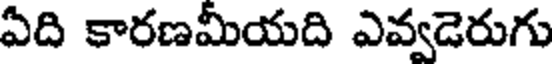
ఏది కారణమీయది ఎవ్వడెరుగు